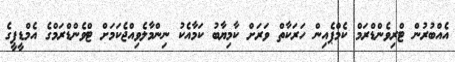
އެއްބުރުން ޓްރިވެންޑްރަމް ކެމްޕެއިން ހަރަކާތް ވަރަށް ކާމިޔާބު ކަމާއެކު ނިންމާލެވިއްޖެކަމަށް ޓްވެންޑްރަމްގެ އެމްޑީޕީގެ